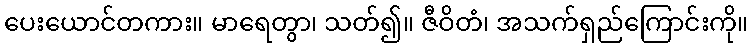
ပေးယောင်တကား။ မာရေတွာ၊ သတ်၍။ ဇီဝိတံ၊ အသက်ရှည်ကြောင်းကို။